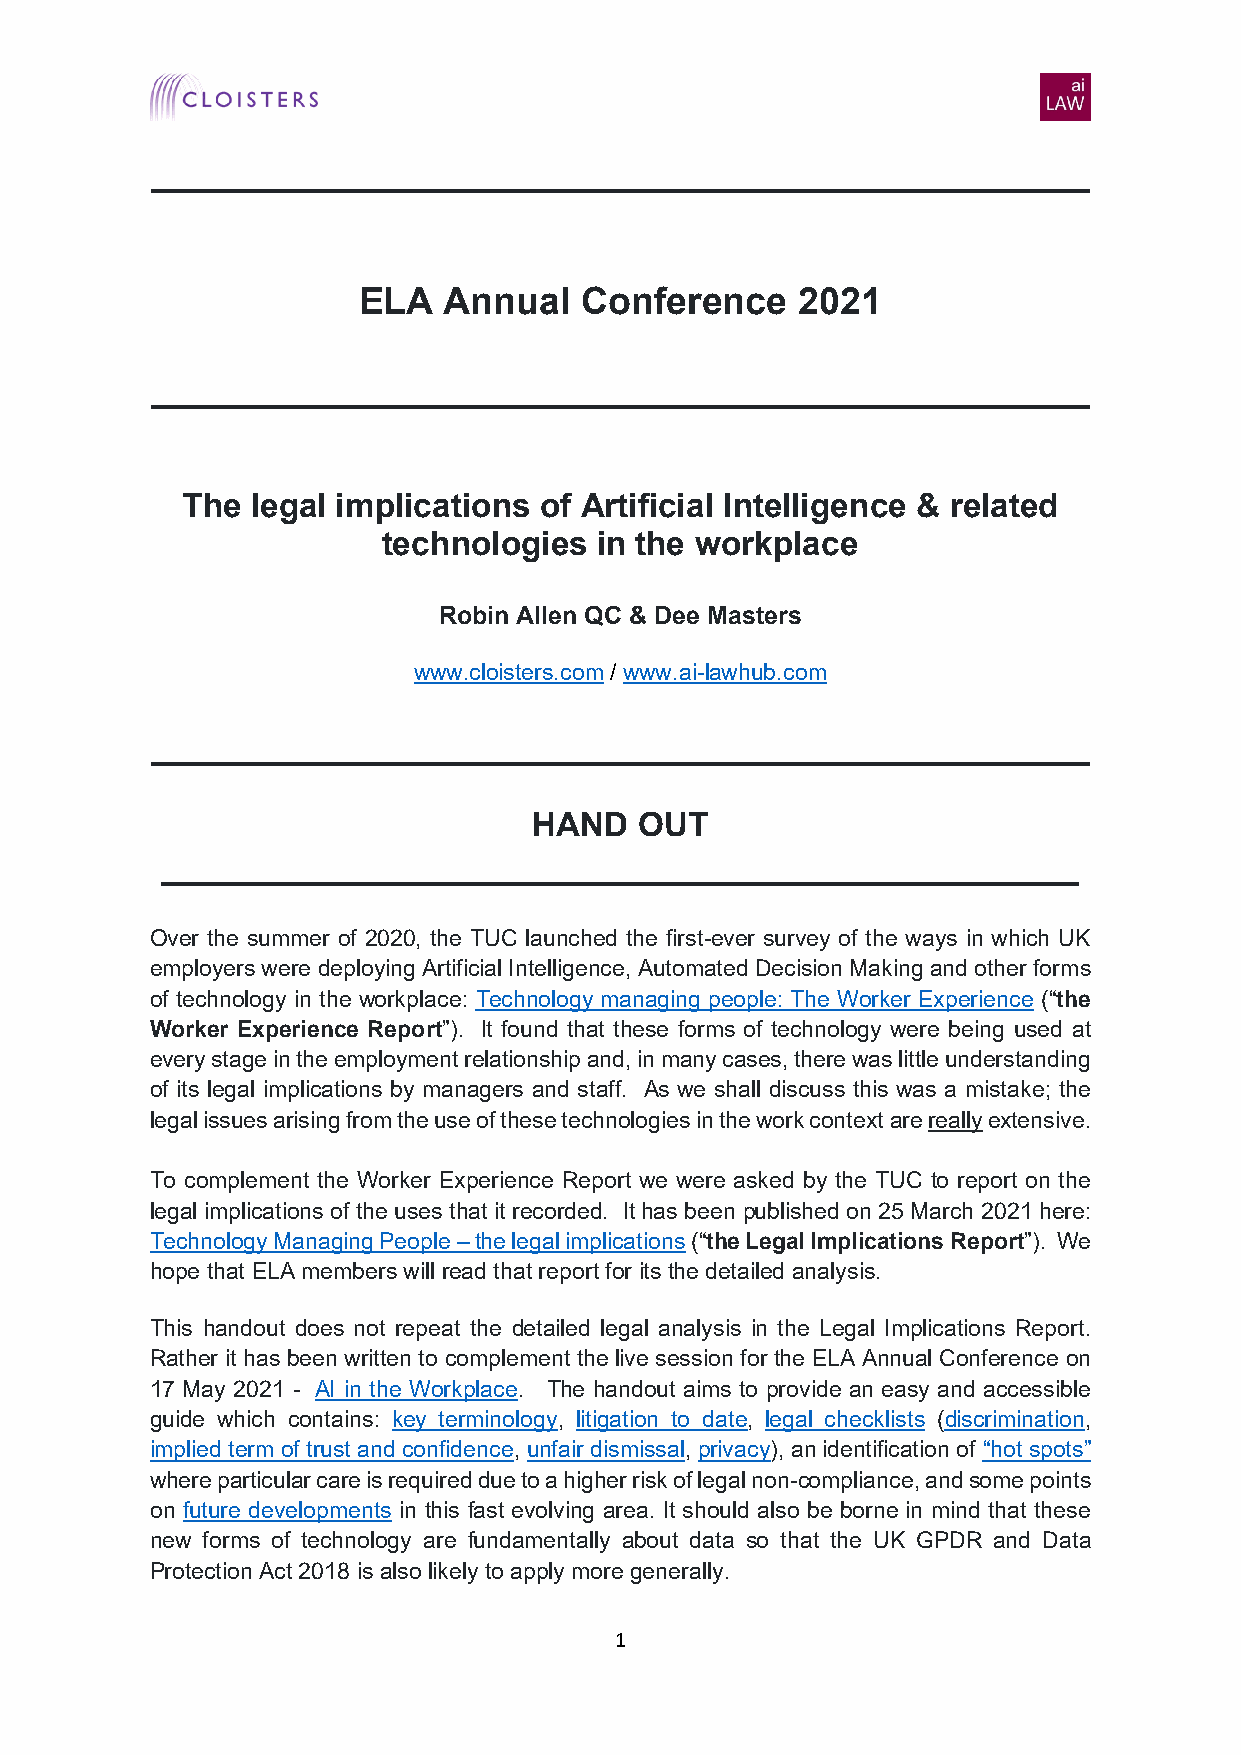
_____________________________________________
 ELA  Annual    Conference    2021
 _____________________________________________
 The  legal implications of Artificial Intelligence & related
 technologies  in the workplace
 Robin Allen QC & Dee Masters
 www.cloisters.com / www.ai-lawhub.com
 _____________________________________________
 HAND   OUT
 ____________________________________________
 Over the summer of 2020, the TUC launched the first-ever survey of the ways in which UK
 employers were deploying Artificial Intelligence, Automated Decision Making and other forms
 of technology in the workplace: Technology managing people: The Worker Experience (“the
 Worker Experience Report”). It found that these forms of technology were being used at
 every stage in the employment relationship and, in many cases, there was little understanding
 of its legal implications by managers and staff. As we shall discuss this was a mistake; the
 legal issues arising from the use of these technologies in the work context are really extensive.
 To complement the Worker Experience Report we were asked by the TUC to report on the
 legal implications of the uses that it recorded. It has been published on 25 March 2021 here:
 Technology Managing People – the legal implications (“the Legal Implications Report”). We
 hope that ELA members will read that report for its the detailed analysis.
 This handout does not repeat the detailed legal analysis in the Legal Implications Report.
 Rather it has been written to complement the live session for the ELA Annual Conference on
 17 May 2021 - AI in the Workplace. The handout aims to provide an easy and accessible
 guide which contains: key terminology, litigation to date, legal checklists (discrimination,
 implied term of trust and confidence, unfair dismissal, privacy), an identification of “hot spots”
 where particular care is required due to a higher risk of legal non-compliance, and some points
 on future developments in this fast evolving area. It should also be borne in mind that these
 new forms of technology are fundamentally about data so that the UK GPDR and Data
 Protection Act 2018 is also likely to apply more generally.
 1